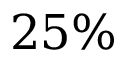
2 5 \%